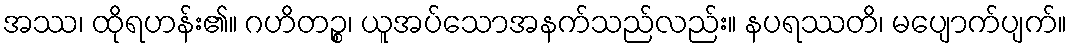
အဿ၊ ထိုရဟန်း၏။ ဂဟိတဉ္စ၊ ယူအပ်သောအနက်သည်လည်း။ နပရဿတိ၊ မပျောက်ပျက်။